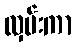
လှမ်းကာ